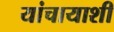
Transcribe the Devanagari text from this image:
यांचायाशी